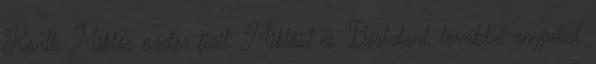
Konth Miklós nádor fiait: Miklóst és Bertalant, továbbá anyjukat,